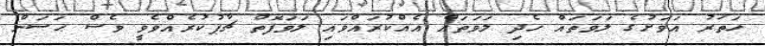
ހަތަރު އަވަށުގެ ލަވަތައް ހެދި ލަވަތައް އެއްކުރައްވައި ލަވަފޮތް ޗާޕުކުރެއްވެވީ ވެސް ޙަސަން